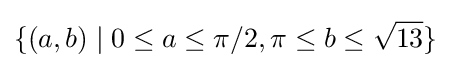
\{(a,b)\mid 0\leq a\leq \pi /2,\pi \leq b\leq {\sqrt {13}}\}